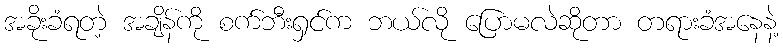
အခိုးခံရတဲ့ အချိန်ကို စက်ဘီးရှင်က ဘယ်လို ပြောမလဲဆိုတာ တရားခံအနေနဲ့